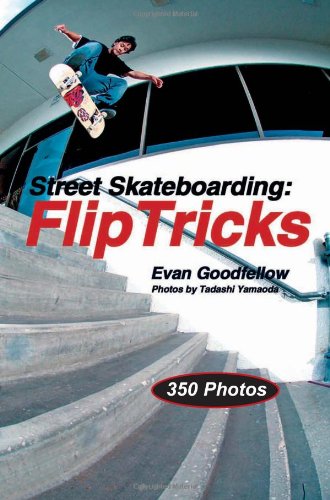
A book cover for Street Skateboarding: Flip Tricks; Evan Goodfellow; Sports & Outdoors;